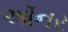
ઑનર